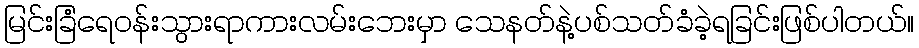
မြင်းခြံရေဝန်းသွားရာကားလမ်းဘေးမှာ သေနတ်နဲ့ပစ်သတ်ခံခဲ့ရခြင်းဖြစ်ပါတယ်။